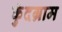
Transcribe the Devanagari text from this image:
कुंदग्राम